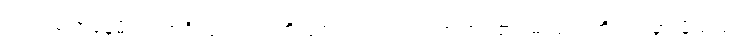
တက်သက်နေမိ၊ ပညာရှိလျက်၊ သတိယွင်းလပ်၊ မင်းဒဏ်ကြပ်၏၊ မရပ်ရာဘိ၊ ရပ်မှားမိသည်၊